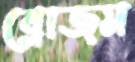
ব্লোজম